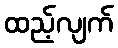
ထည့်လျက်